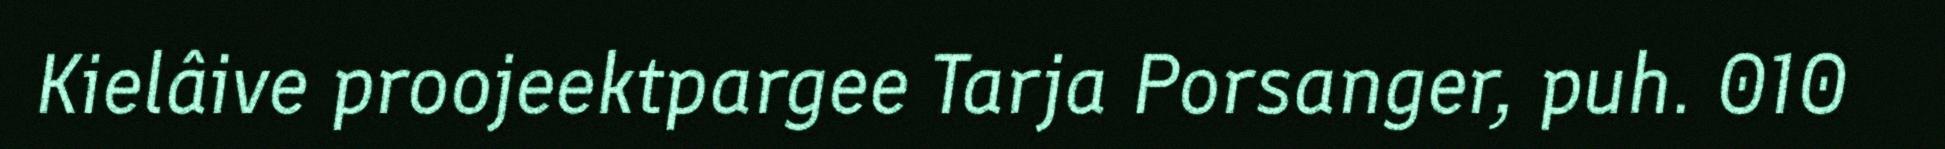
Kielâive proojeektpargee Tarja Porsanger, puh. 010